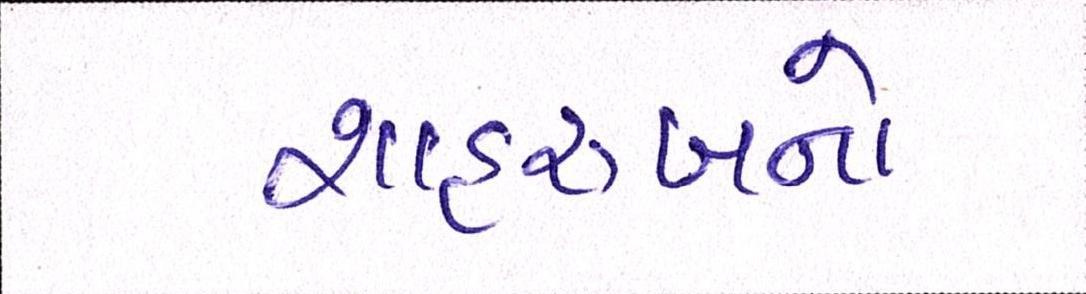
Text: શાહરુખનો